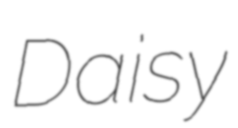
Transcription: Daisy